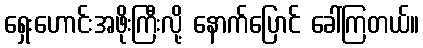
ရှေးဟောင်းအဖိုးကြီးလို့ နောက်ပြောင် ခေါ်ကြတယ်။